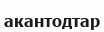
акантодтар